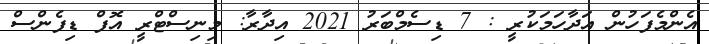
އެންމެފަހުން އަދާހަމަކުރީ : 7 ޑިސެމްބަރު 2021 އިދާރާ: މިނިސްޓްރީ އޮފް ޑިފެންސް